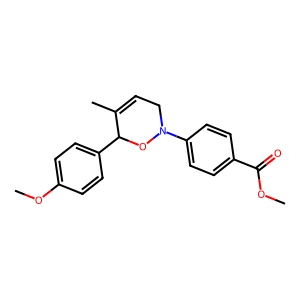
SMILES: COC(=O)c1ccc(N2CC=C(C)C(c3ccc(OC)cc3)O2)cc1
Inhibits HIV replication: No